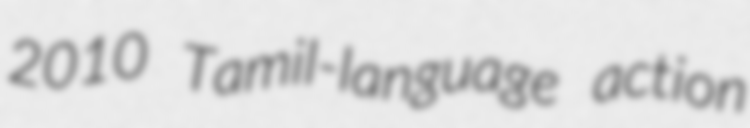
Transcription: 2010 Tamil-language action